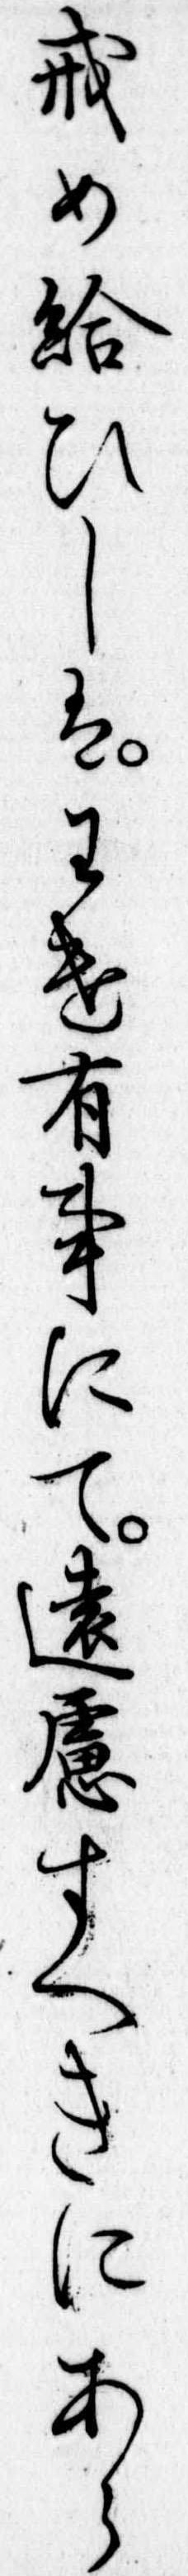
戒め給ひしはわけ有事にて遠慮すへきにあら